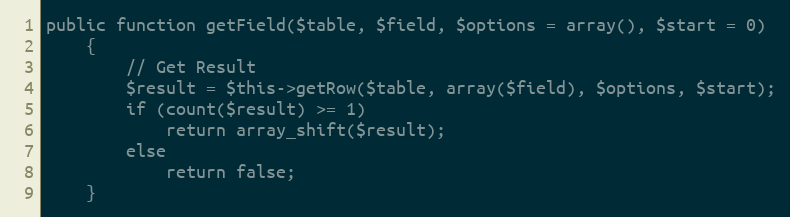
Language: PHP
public function getField($table, $field, $options = array(), $start = 0)
    {
        // Get Result
        $result = $this->getRow($table, array($field), $options, $start);
        if (count($result) >= 1)
            return array_shift($result);
        else
            return false;
    }